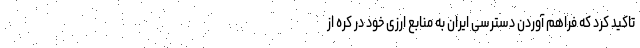
تاکید کرد که فراهم آوردن دسترسی ایران به منابع ارزی خود در کره از